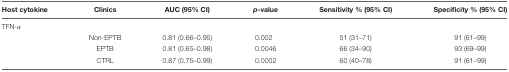
<table><thead><tr><td><b>Host cytokine</b></td><td><b>Clinics</b></td><td><b>AUC (95% CI)</b></td><td><b><i>p</i>-value</b></td><td><b>Sensitivity % (95% CI)</b></td><td><b>Specificity % (95% CI)</b></td></tr></thead><tbody><tr><td>TFN-α</td><td></td><td></td><td></td><td></td><td></td></tr><tr><td></td><td>Non-EPTB</td><td>0.81 (0.66–0.95)</td><td>0.002</td><td>51 (31–71)</td><td>91 (61–99)</td></tr><tr><td></td><td>EPTB</td><td>0.81 (0.65–0.98)</td><td>0.0046</td><td>66 (34–90)</td><td>93 (69–99)</td></tr><tr><td></td><td>CTRL</td><td>0.87 (0.75–0.99)</td><td>0.0002</td><td>60 (40–78)</td><td>91 (61–99)</td></tr></tbody></table>